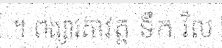
។ ពង្សាវតាវត្ត ទឹក វិល